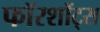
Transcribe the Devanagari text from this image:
फॉरशॉट्स